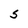
Character: S